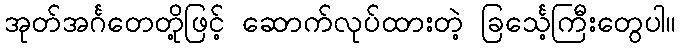
အုတ်အင်္ဂတေတို့ဖြင့် ဆောက်လုပ်ထားတဲ့ ခြင်္သေ့ကြီးတွေပါ။